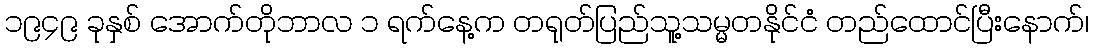
၁၉၄၉ ခုနှစ် အောက်တိုဘာလ ၁ ရက်နေ့က တရုတ်ပြည်သူ့သမ္မတနိုင်ငံ တည်ထောင်ပြီးနောက်၊